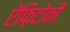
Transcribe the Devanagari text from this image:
ऐंफ़िटोकी